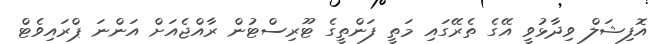
އޮފިޝަލް ވިދާޅުވީ އޭގެ ތެރޭގައި މަތީ ފަންތީގެ ޓޫރިސްޓުން ރާއްޖެއަށް އަންނަ ޕްރައިވެޓް